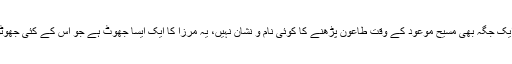
ان میں سے کسی ایک جگہ بھی مسیح موعود کے وقت طاعون پڑھنے کا کوئی نام و نشان نہیں، یہ مرزا کا ایک ایسا جھوٹ ہے جو اس کے کئی جھوٹوں پر بھاری ہے۔